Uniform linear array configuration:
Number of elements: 48
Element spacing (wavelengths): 0.25
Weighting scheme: binomial
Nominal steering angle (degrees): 0
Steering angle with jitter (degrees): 0.8284
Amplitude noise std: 0.05
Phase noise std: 0.05

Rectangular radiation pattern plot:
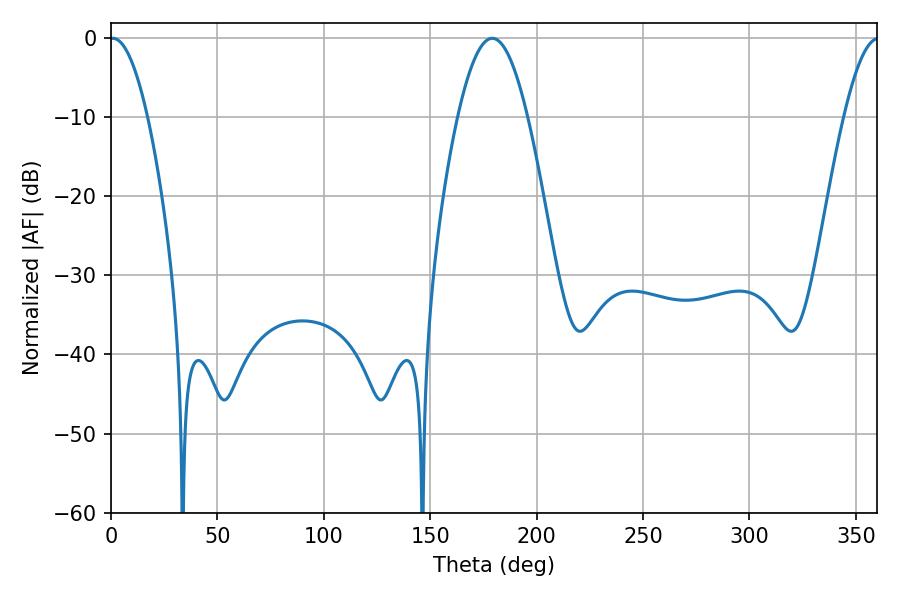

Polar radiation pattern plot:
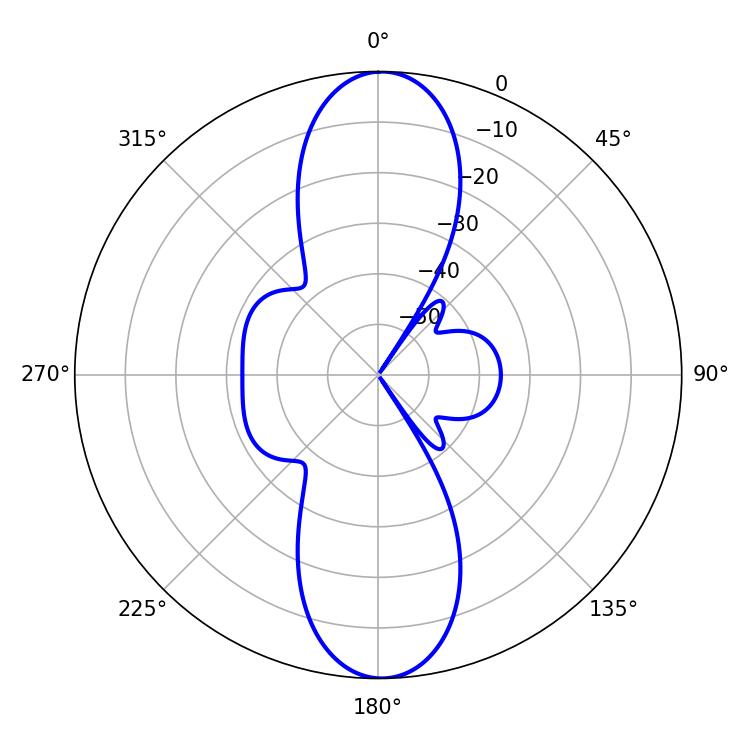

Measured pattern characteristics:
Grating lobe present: FALSE
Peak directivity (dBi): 24.104
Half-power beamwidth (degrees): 9.72
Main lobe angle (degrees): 0.9